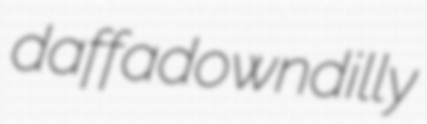
daffadowndilly